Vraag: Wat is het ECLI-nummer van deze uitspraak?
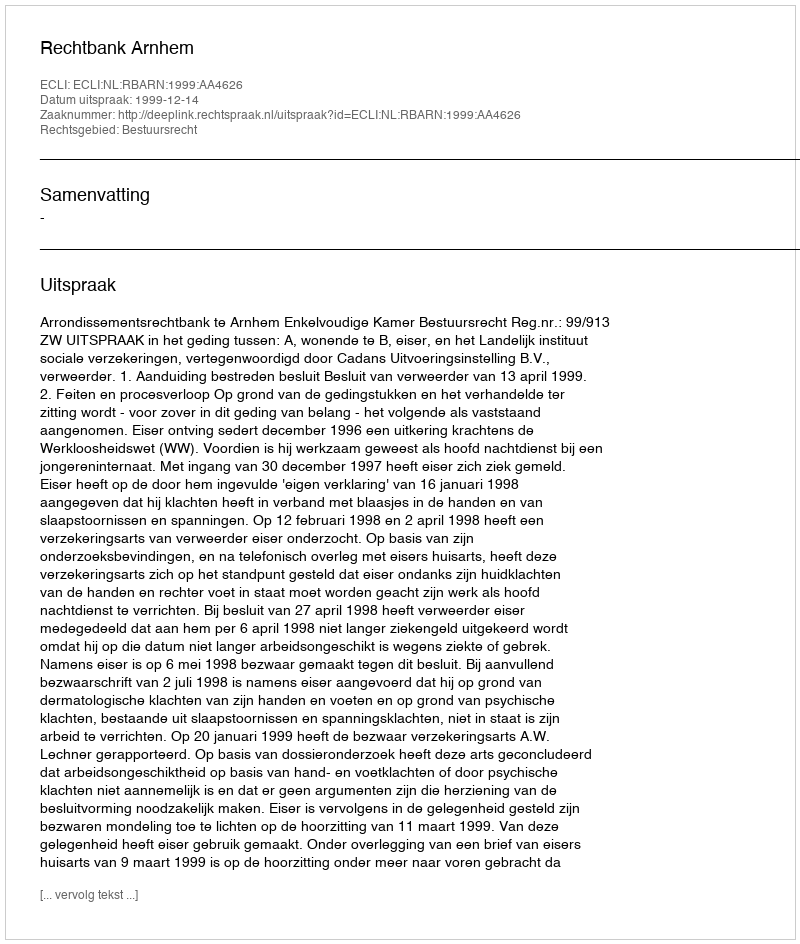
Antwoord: ECLI:NL:RBARN:1999:AA4626